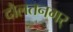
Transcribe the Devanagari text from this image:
दौलतनगर्